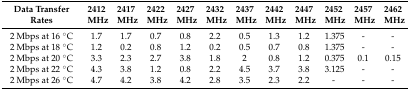
| Data Transfer Rates | 2412 MHz | 2417 MHz | 2422 MHz | 2427 MHz | 2432 MHz | 2437 MHz | 2442 MHz | 2447 MHz | 2452 MHz | 2457 MHz | 2462 MHz |
 | --- | --- | --- | --- | --- | --- | --- | --- | --- | --- | --- | --- |
 | 2 Mbps at 16 °C | 1.7 | 1.7 | 0.7 | 0.8 | 2.2 | 0.5 | 1.3 | 1.2 | 1.375 | - | - |
 | 2 Mbps at 18 °C | 1.2 | 0.2 | 0.8 | 1.2 | 0.2 | 0.5 | 0.7 | 0.8 | 1.375 | - | - |
 | 2 Mbps at 20 °C | 3.3 | 2.3 | 2.7 | 3.8 | 1.8 | 2 | 0.8 | 1.2 | 0.375 | 0.1 | 0.15 |
 | 2 Mbps at 22 °C | 4.3 | 3.8 | 1.2 | 0.8 | 2.2 | 4.5 | 3.7 | 3.8 | 3.125 | - | - |
 | 2 Mbps at 26 °C | 4.7 | 4.2 | 3.8 | 4.2 | 2.8 | 3.5 | 2.3 | 2.2 | - | - | - |